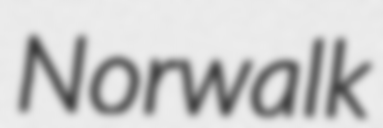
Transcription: Norwalk